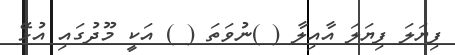
ފިޔަލަ ފިޔަލަ އާއިލާ ( )ނުވަތަ ( ) އަކީ މޫދުގައި އުޅޭ